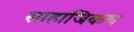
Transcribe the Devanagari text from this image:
साहाजिकच